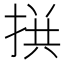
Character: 𢮪